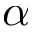
\alpha